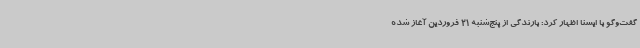
گفت‌وگو با ایسنا اظهار کرد: بارندگی از پنج‌شنبه 21 فروردین آغاز شده